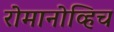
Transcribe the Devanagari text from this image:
रोमानोव्हिच